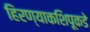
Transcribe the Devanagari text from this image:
हिरण्याकशिपूकडे